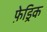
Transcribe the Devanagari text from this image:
फ़ेड्रिक